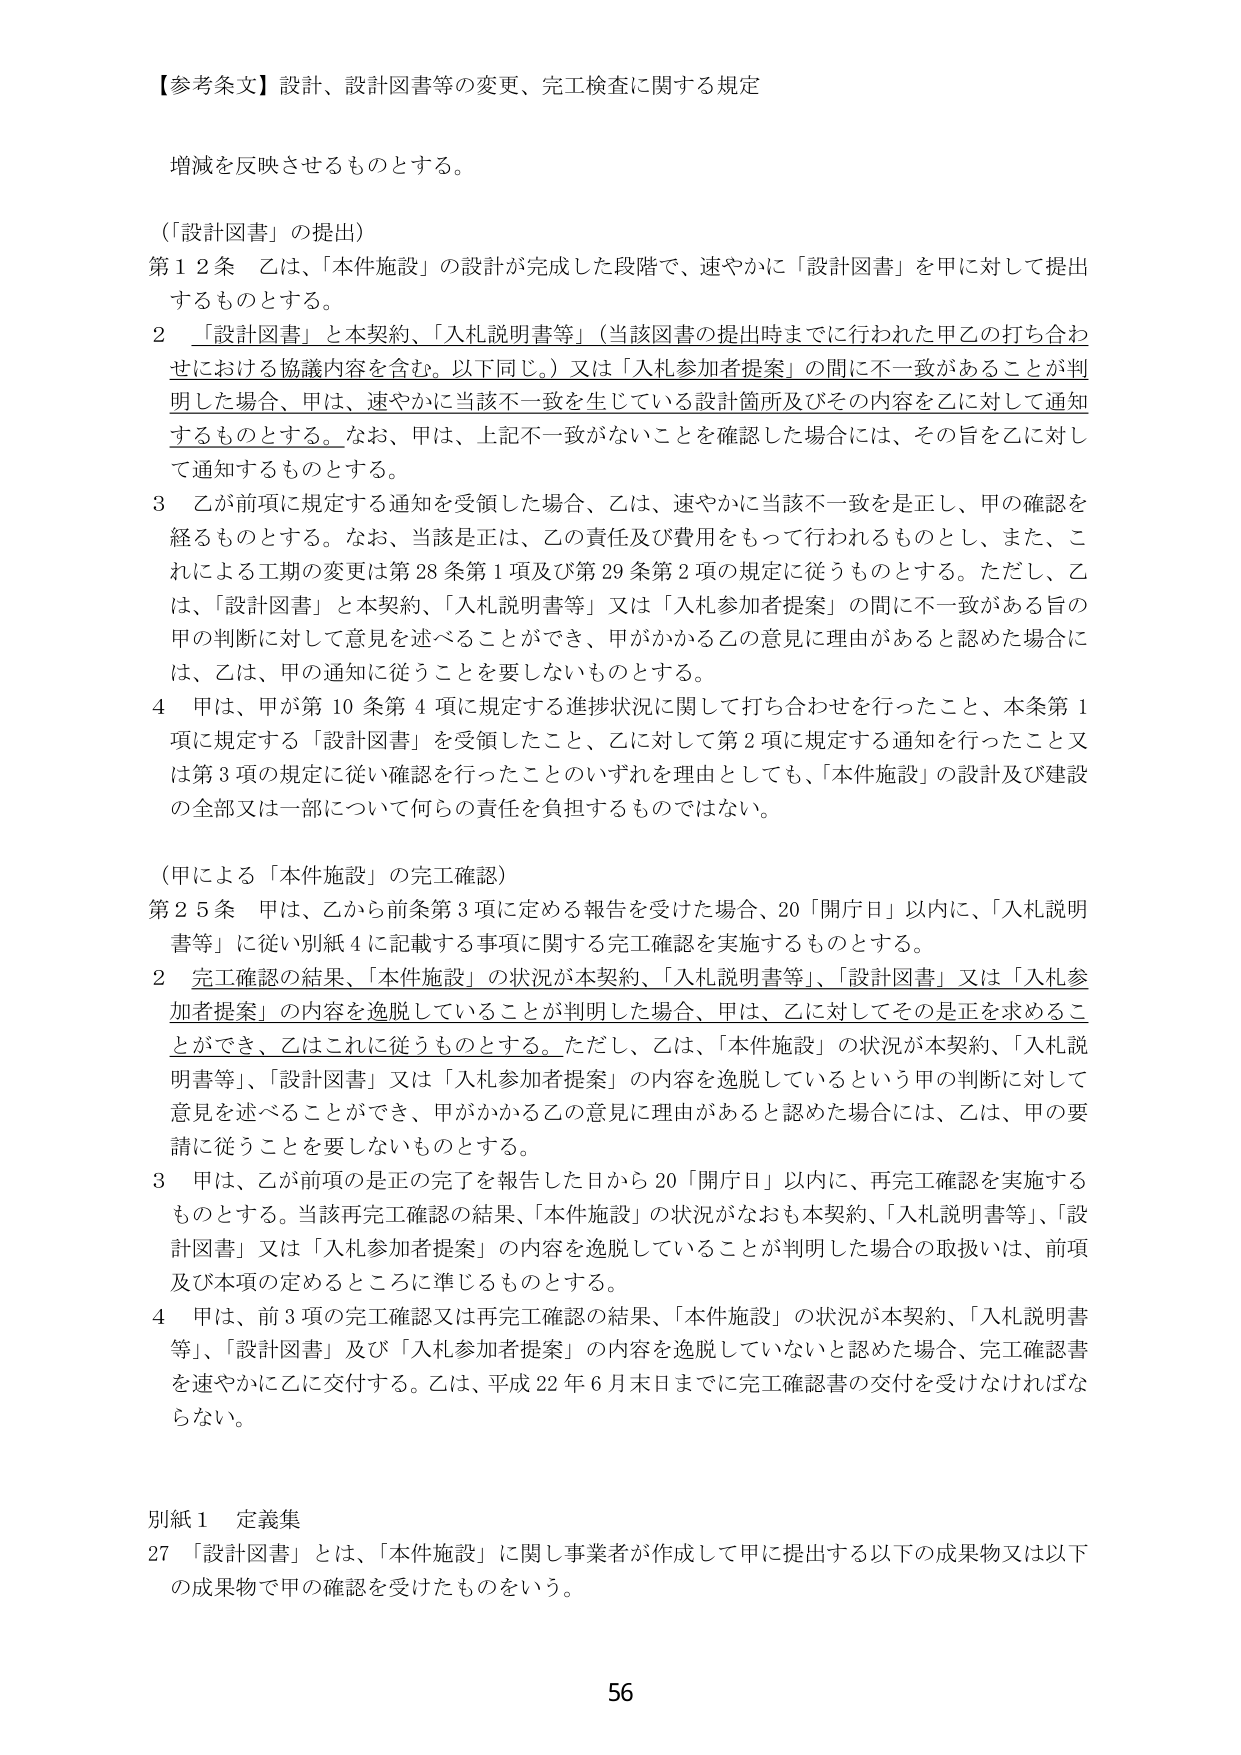
【参考条文】設計、設計図書等の変更、完工検査に関する規定

増減を反映させるものとする。

（「設計図書」の提出）
第12条 乙は、「本件施設」の設計が完成した段階で、速やかに「設計図書」を甲に対して提出するものとする。
2 「設計図書」と本契約、「入札説明書等」（当該図書の提出時までに行われた甲乙の打ち合わせにおける協議内容を含む。以下同じ。）又は「入札参加者提案」の間に不一致があることが判明した場合、甲は、速やかに当該不一致を生じている設計箇所及びその内容を乙に対して通知するものとする。なお、甲は、上記不一致がないことを確認した場合には、その旨を乙に対して通知するものとする。
3 乙が前項に規定する通知を受領した場合、乙は、速やかに当該不一致を是正し、甲の確認を経るものとする。なお、当該是正は、乙の責任及び費用をもって行われるものとし、また、これによる工期の変更は第28条第1項及び第29条第2項の規定に従うものとする。ただし、乙は、「設計図書」と本契約、「入札説明書等」又は「入札参加者提案」の間に不一致がある旨の甲の判断に対して意見を述べることができ、甲がかかる乙の意見に理由があると認めた場合には、乙は、甲の通知に従うことを要しないものとする。
4 甲は、甲が第10条第4項に規定する進捗状況に関して打ち合わせを行ったこと、本条第1項に規定する「設計図書」を受領したこと、乙に対して第2項に規定する通知を行ったこと又は第3項の規定に従い確認を行ったことのいずれを理由としても、「本件施設」の設計及び建設の全部又は一部について何らの責任を負担するものではない。

（甲による「本件施設」の完工確認）
第25条 甲は、乙から前条第3項に定める報告を受けた場合、20「開庁日」以内に、「入札説明書等」に従い別紙4に記載する事項に関する完工確認を実施するものとする。
2 完工確認の結果、「本件施設」の状況が本契約、「入札説明書等」、「設計図書」又は「入札参加者提案」の内容を逸脱していることが判明した場合、甲は、乙に対してその是正を求めることができ、乙はこれに従うものとする。ただし、乙は、「本件施設」の状況が本契約、「入札説明書等」、「設計図書」又は「入札参加者提案」の内容を逸脱しているという甲の判断に対して意見を述べることができ、甲がかかる乙の意見に理由があると認めた場合には、乙は、甲の要請に従うことを要しないものとする。
3 甲は、乙が前項の是正の完了を報告した日から20「開庁日」以内に、再完工確認を実施するものとする。当該再完工確認の結果、「本件施設」の状況がなおも本契約、「入札説明書等」、「設計図書」又は「入札参加者提案」の内容を逸脱していることが判明した場合の取扱いは、前項及び本項の定めるところに準じるものとする。
4 甲は、前3項の完工確認又は再完工確認の結果、「本件施設」の状況が本契約、「入札説明書等」、「設計図書」及び「入札参加者提案」の内容を逸脱していないと認めた場合、完工確認書を速やかに乙に交付する。乙は、平成22年6月末日までに完工確認書の交付を受けなければならない。

別紙1 定義集
27 「設計図書」とは、「本件施設」に関し事業者が作成して甲に提出する以下の成果物又は以下の成果物で甲の確認を受けたものをいう。

56